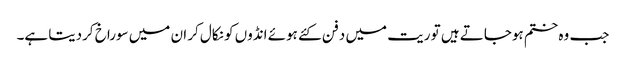
جب وہ ختم ہوجاتے ہیں تو ریت میں دفن کئے ہوئے انڈوں کو نکال کر ان میں سوراخ کردیتا ہے۔